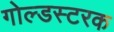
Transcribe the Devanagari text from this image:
गोल्डस्टरक